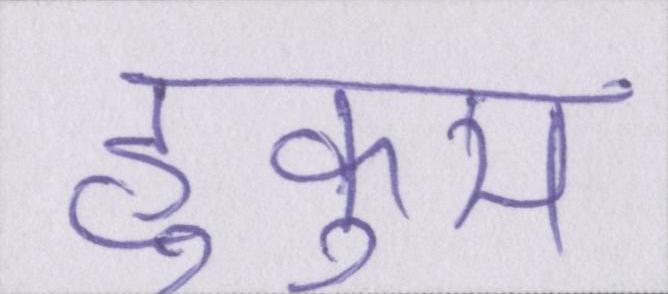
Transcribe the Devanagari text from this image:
हुकुम